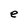
Character: e